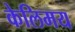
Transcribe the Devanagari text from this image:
केलिमय